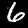
Label: 6